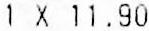
1 X 11.90